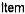
ITEM